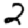
Digit: 2